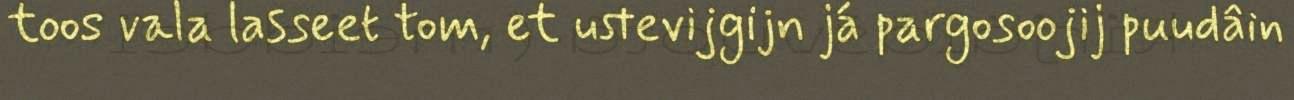
toos vala lasseet tom, et ustevijgijn já pargosoojij puudâin